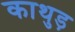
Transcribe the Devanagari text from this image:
काथुड़